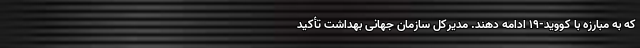
که به مبارزه با کووید-۱۹ ادامه دهند. مدیرکل سازمان جهانی بهداشت تأکید